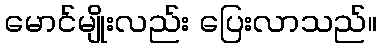
မောင်မျိုးလည်း ပြေးလာသည်။